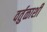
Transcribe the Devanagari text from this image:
वर्तुळाशी